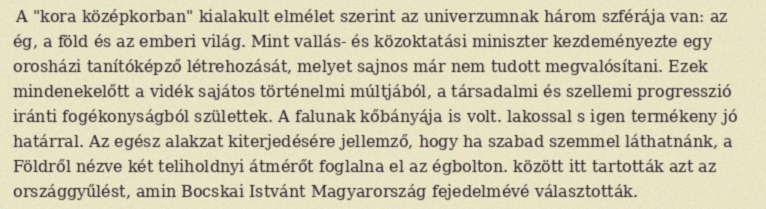
A "kora középkorban" kialakult elmélet szerint az univerzumnak három szférája van: az ég, a föld és az emberi világ. Mint vallás- és közoktatási miniszter kezdeményezte egy orosházi tanítóképző létrehozását, melyet sajnos már nem tudott megvalósítani. Ezek mindenekelőtt a vidék sajátos történelmi múltjából, a társadalmi és szellemi progresszió iránti fogékonyságból születtek. A falunak kőbányája is volt. lakossal s igen termékeny jó határral. Az egész alakzat kiterjedésére jellemző, hogy ha szabad szemmel láthatnánk, a Földről nézve két teliholdnyi átmérőt foglalna el az égbolton. között itt tartották azt az országgyűlést, amin Bocskai Istvánt Magyarország fejedelmévé választották.